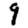
Digit: 9